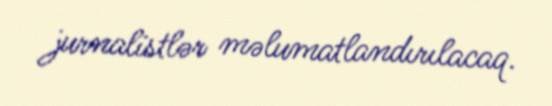
jurnalistlər məlumatlandırılacaq.